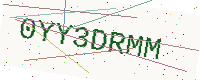
Text: 0YY3DRMM